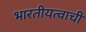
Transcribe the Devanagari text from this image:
भारतीयत्वाची